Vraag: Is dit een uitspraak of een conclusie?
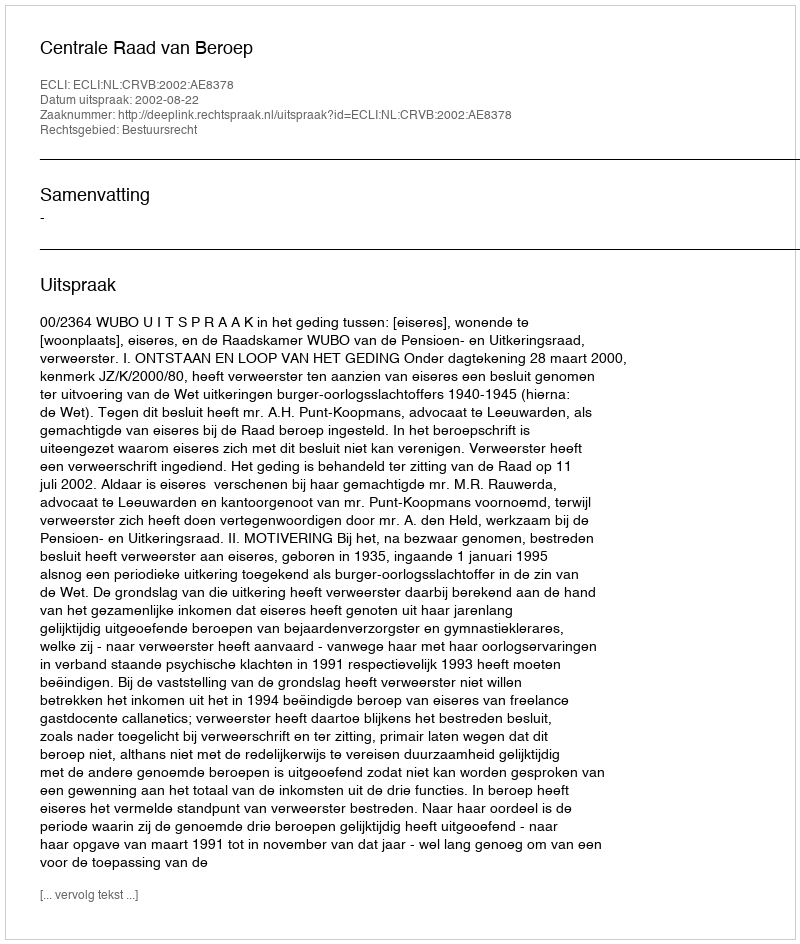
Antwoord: Uitspraak